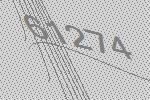
61274